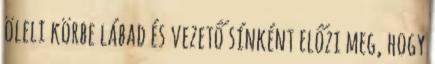
öleli körbe lábad és vezető sínként előzi meg, hogy